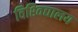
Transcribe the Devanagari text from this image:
विश्‍विद्यालय